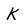
Character: K